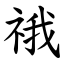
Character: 䄉